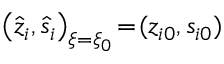
\big ( \hat { z } _ { i } , \hat { s } _ { i } \big ) _ { \xi = \xi _ { 0 } } \! = \! ( z _ { i 0 } , s _ { i 0 } )